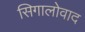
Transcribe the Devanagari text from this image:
सिगालोवाद